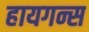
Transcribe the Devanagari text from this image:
हायगन्स